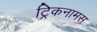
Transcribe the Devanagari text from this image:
ट्रिकनामस